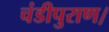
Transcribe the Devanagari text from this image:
चंडीपुराण।